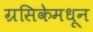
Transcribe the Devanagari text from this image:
ग्रसिकेमधून